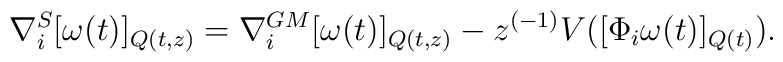
\nabla_{i}^{S} [\omega (t)]_{Q(t,z)}=\nabla_{i}^{GM}  [\omega (t)]_{Q(t,z)}- z^{(-1)}V( [\Phi_i   \omega(t)]_{Q(t)}).